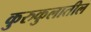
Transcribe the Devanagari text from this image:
कुरुकुलातील